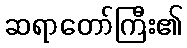
ဆရာတော်ကြီး၏